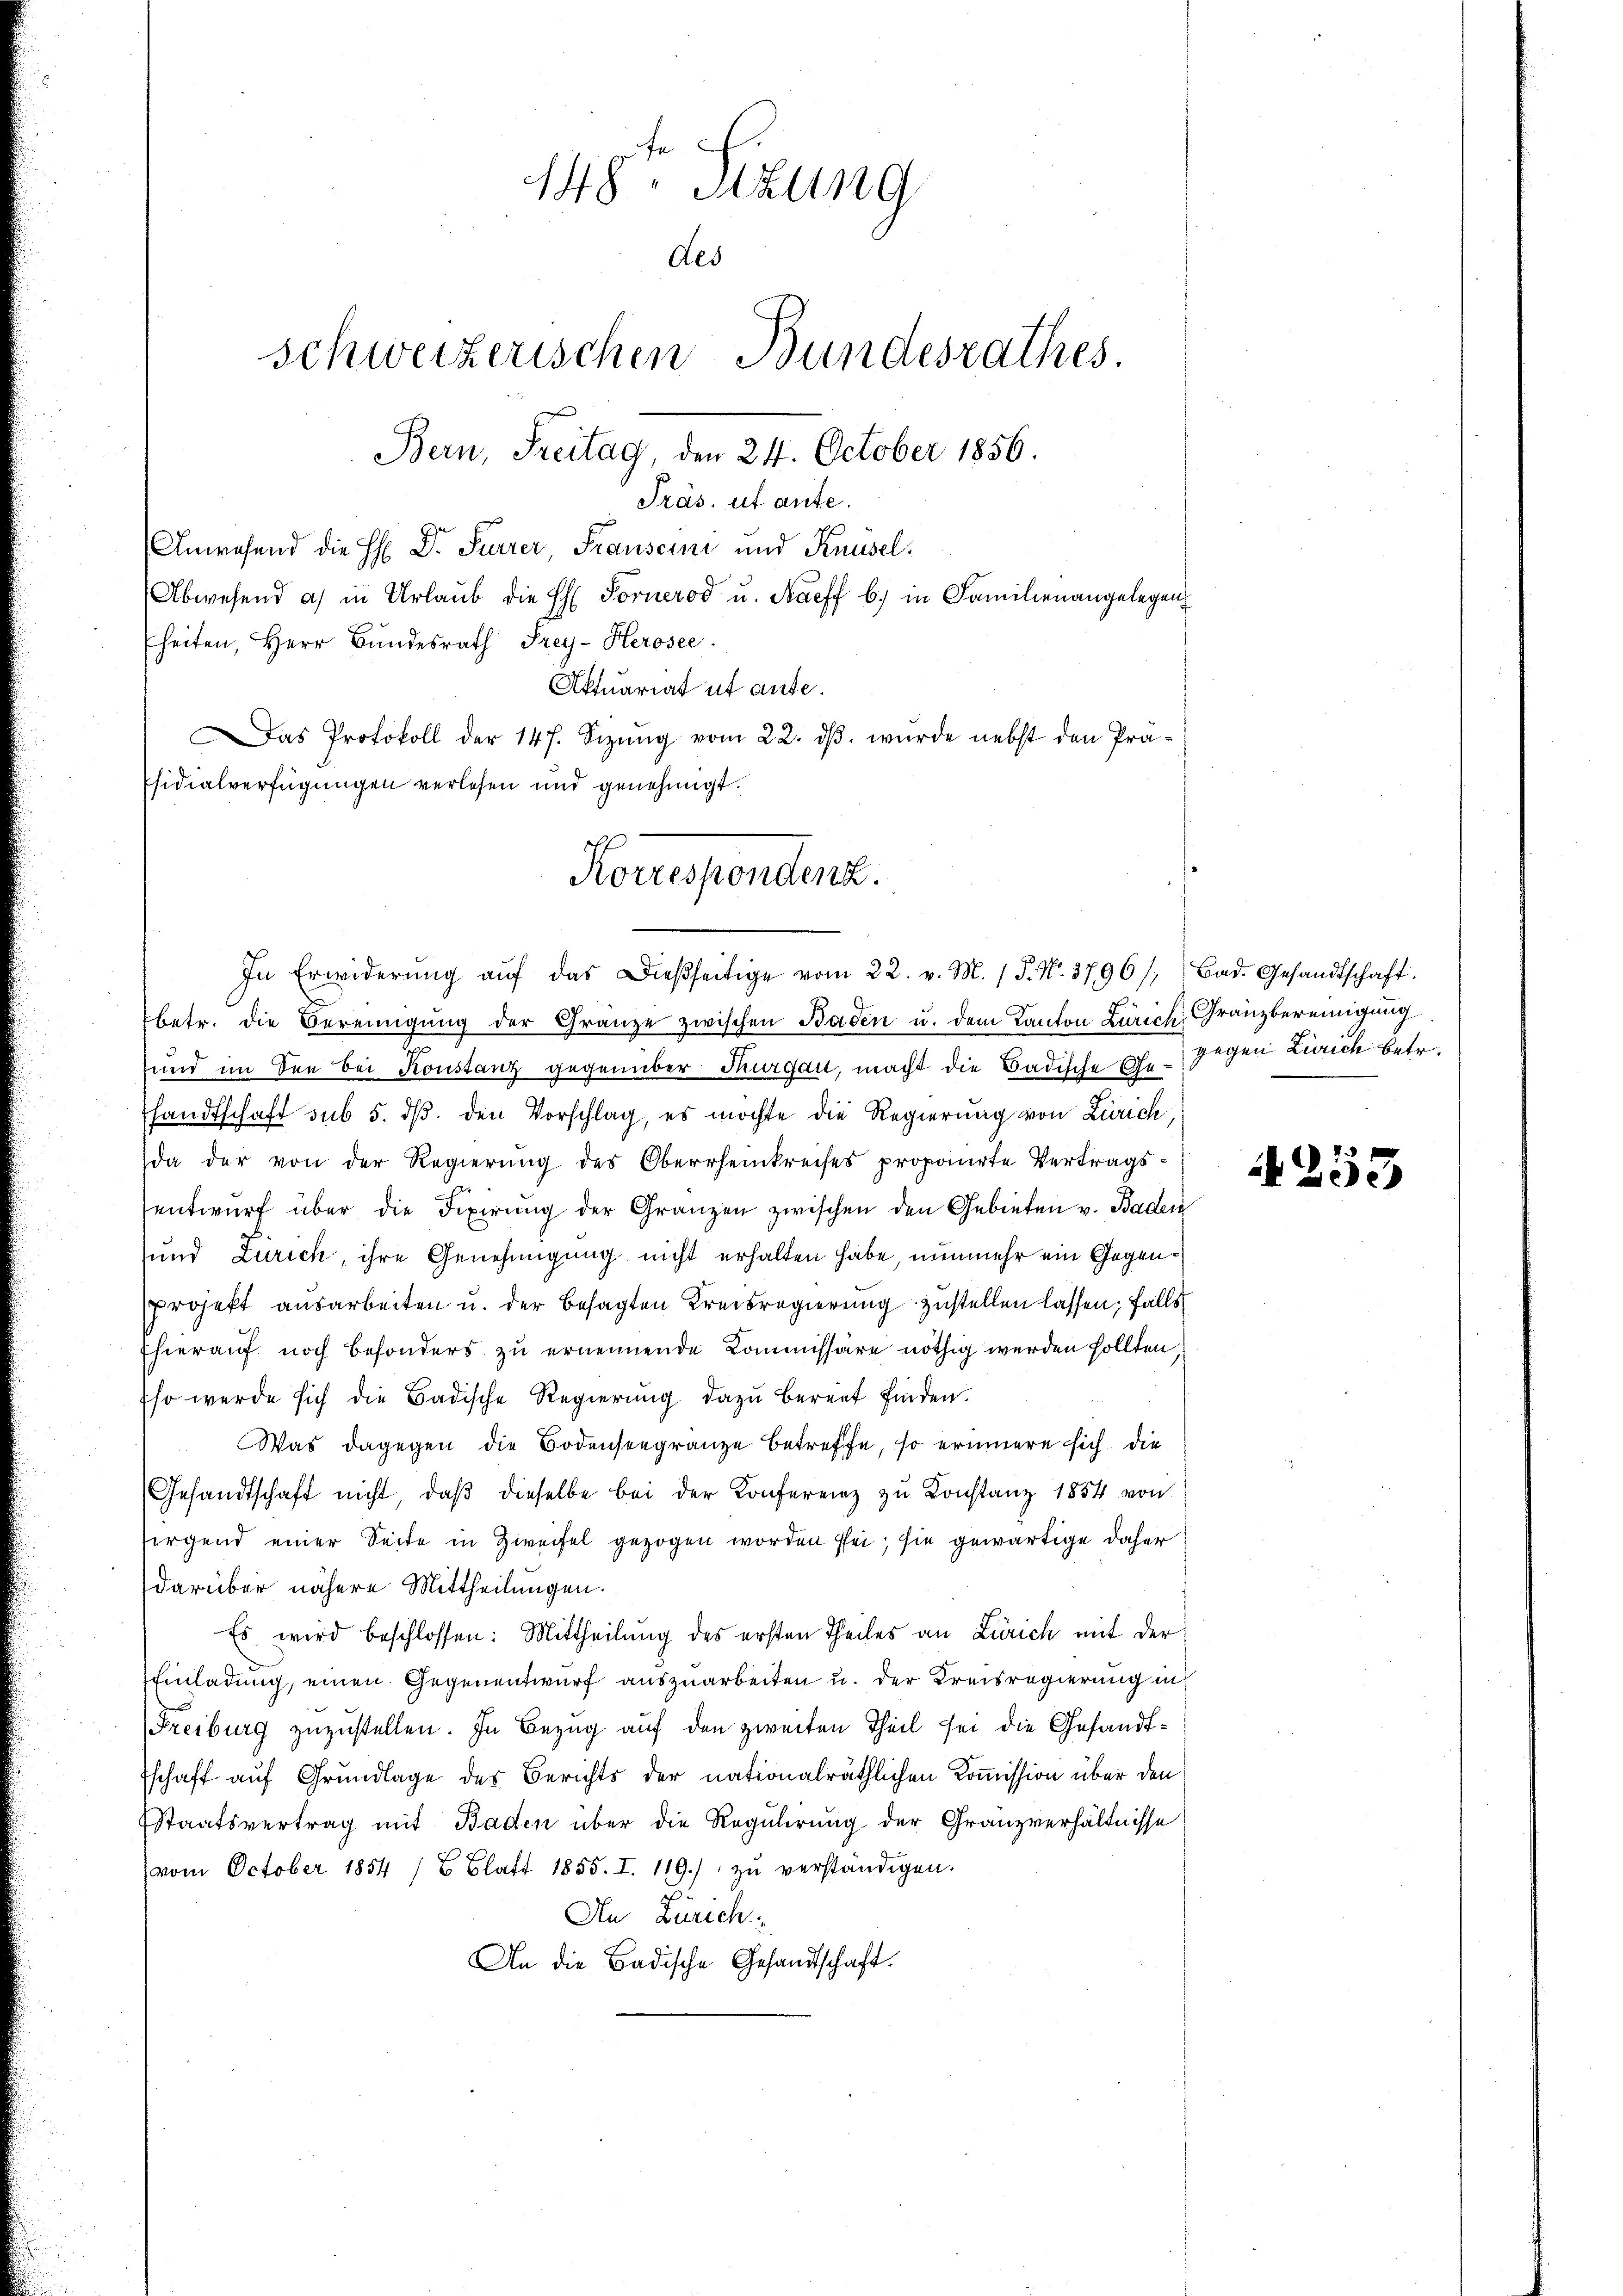
148. Sizung
des
schweizerischen Bundesrathes
Bern, Freitag, den 24. October 1856.
Präs. ut ante.
Anwesend die H: Dr. Furrer, Frauseini und Knüsel,
Abwesend a. in Urlaub die H. Fornerod u. Naeff b.) in Familienangelegen
heiten, Herr Bundesrath Frey- Herosee.
Aktuariat ut ause.
as Protokoll der 147. Sizŭng vom 22. dβ. wurde nebst den Prä-

betr. die Bereinigung der Gränze zwischen Baden u. dem Kanton Zürich Granzbereinigung
und im Den bei Konstanz gegenüber Thurgau, macht die Badische Ge¬
Pfandtschaft sub 5. ds. den Vorschlag, es möchte die Regierung von Zürich,
da der von der Regierung des Oberrheinkreises proponirte Vertragsentwurf über die Fixirung der Gränzen zwischen den Gebieten v. Baden
und Zürich, ihre Genehmigung nicht erhalten habe, nunmehr ein Gegen¬
Projekt ausarbeiten u. der besagten Kreisregierung zustellen lassen; falls
Ehierauf noch besonders zu ernennende Kommissäre nöthig werden sollten,
Eso werde sich die Badische Regierŭng dazu bereit finden.
Was dagegen die Bodenseegränze betreffe, so erinnere sich die
Gesandtschaft nicht, daβ dieselbe bei der Konferenz zu Konstanz 1854 von
sirgend einer Seite in Zweifel gezogen worden sei; sie gewärtige daher
darüber nähere Mittheilungen.
Es wird beschlossen: Mittheilung des ersten Theiles an Zürich mit der
Einladung, einen Gegenentwurf auszuarbeiten u. der Kreisregierung in
Freiburg zuzustellen. In Bezug auf den zweiten Theil sei die Gesandtschaft auf Grundlage des Berichts der nationalräthlichen Kommission über den
Staatsvertrag mit Baden über die Regulirung der Granzverhältnisse
(vom October 1854 /8 Blatt 1855. I. 119.) zŭ verständigen.
B.
An Zürich
An die Badische Gesandtschaft.

Psidialverfügungen verlesen und genehmigt.
Korrespondenz.
In Erwiderŭng aŭf das dießseitige vom 22. v. M. / P. Nr. 3796/, Bad. Gesandtschaft.

gegen Zürich betr.

4253